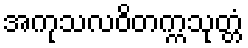
အကုသလဝိတက္ကသုတ္တံ